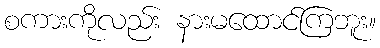
စကားကိုလည်း နားမထောင်ကြဘူး။